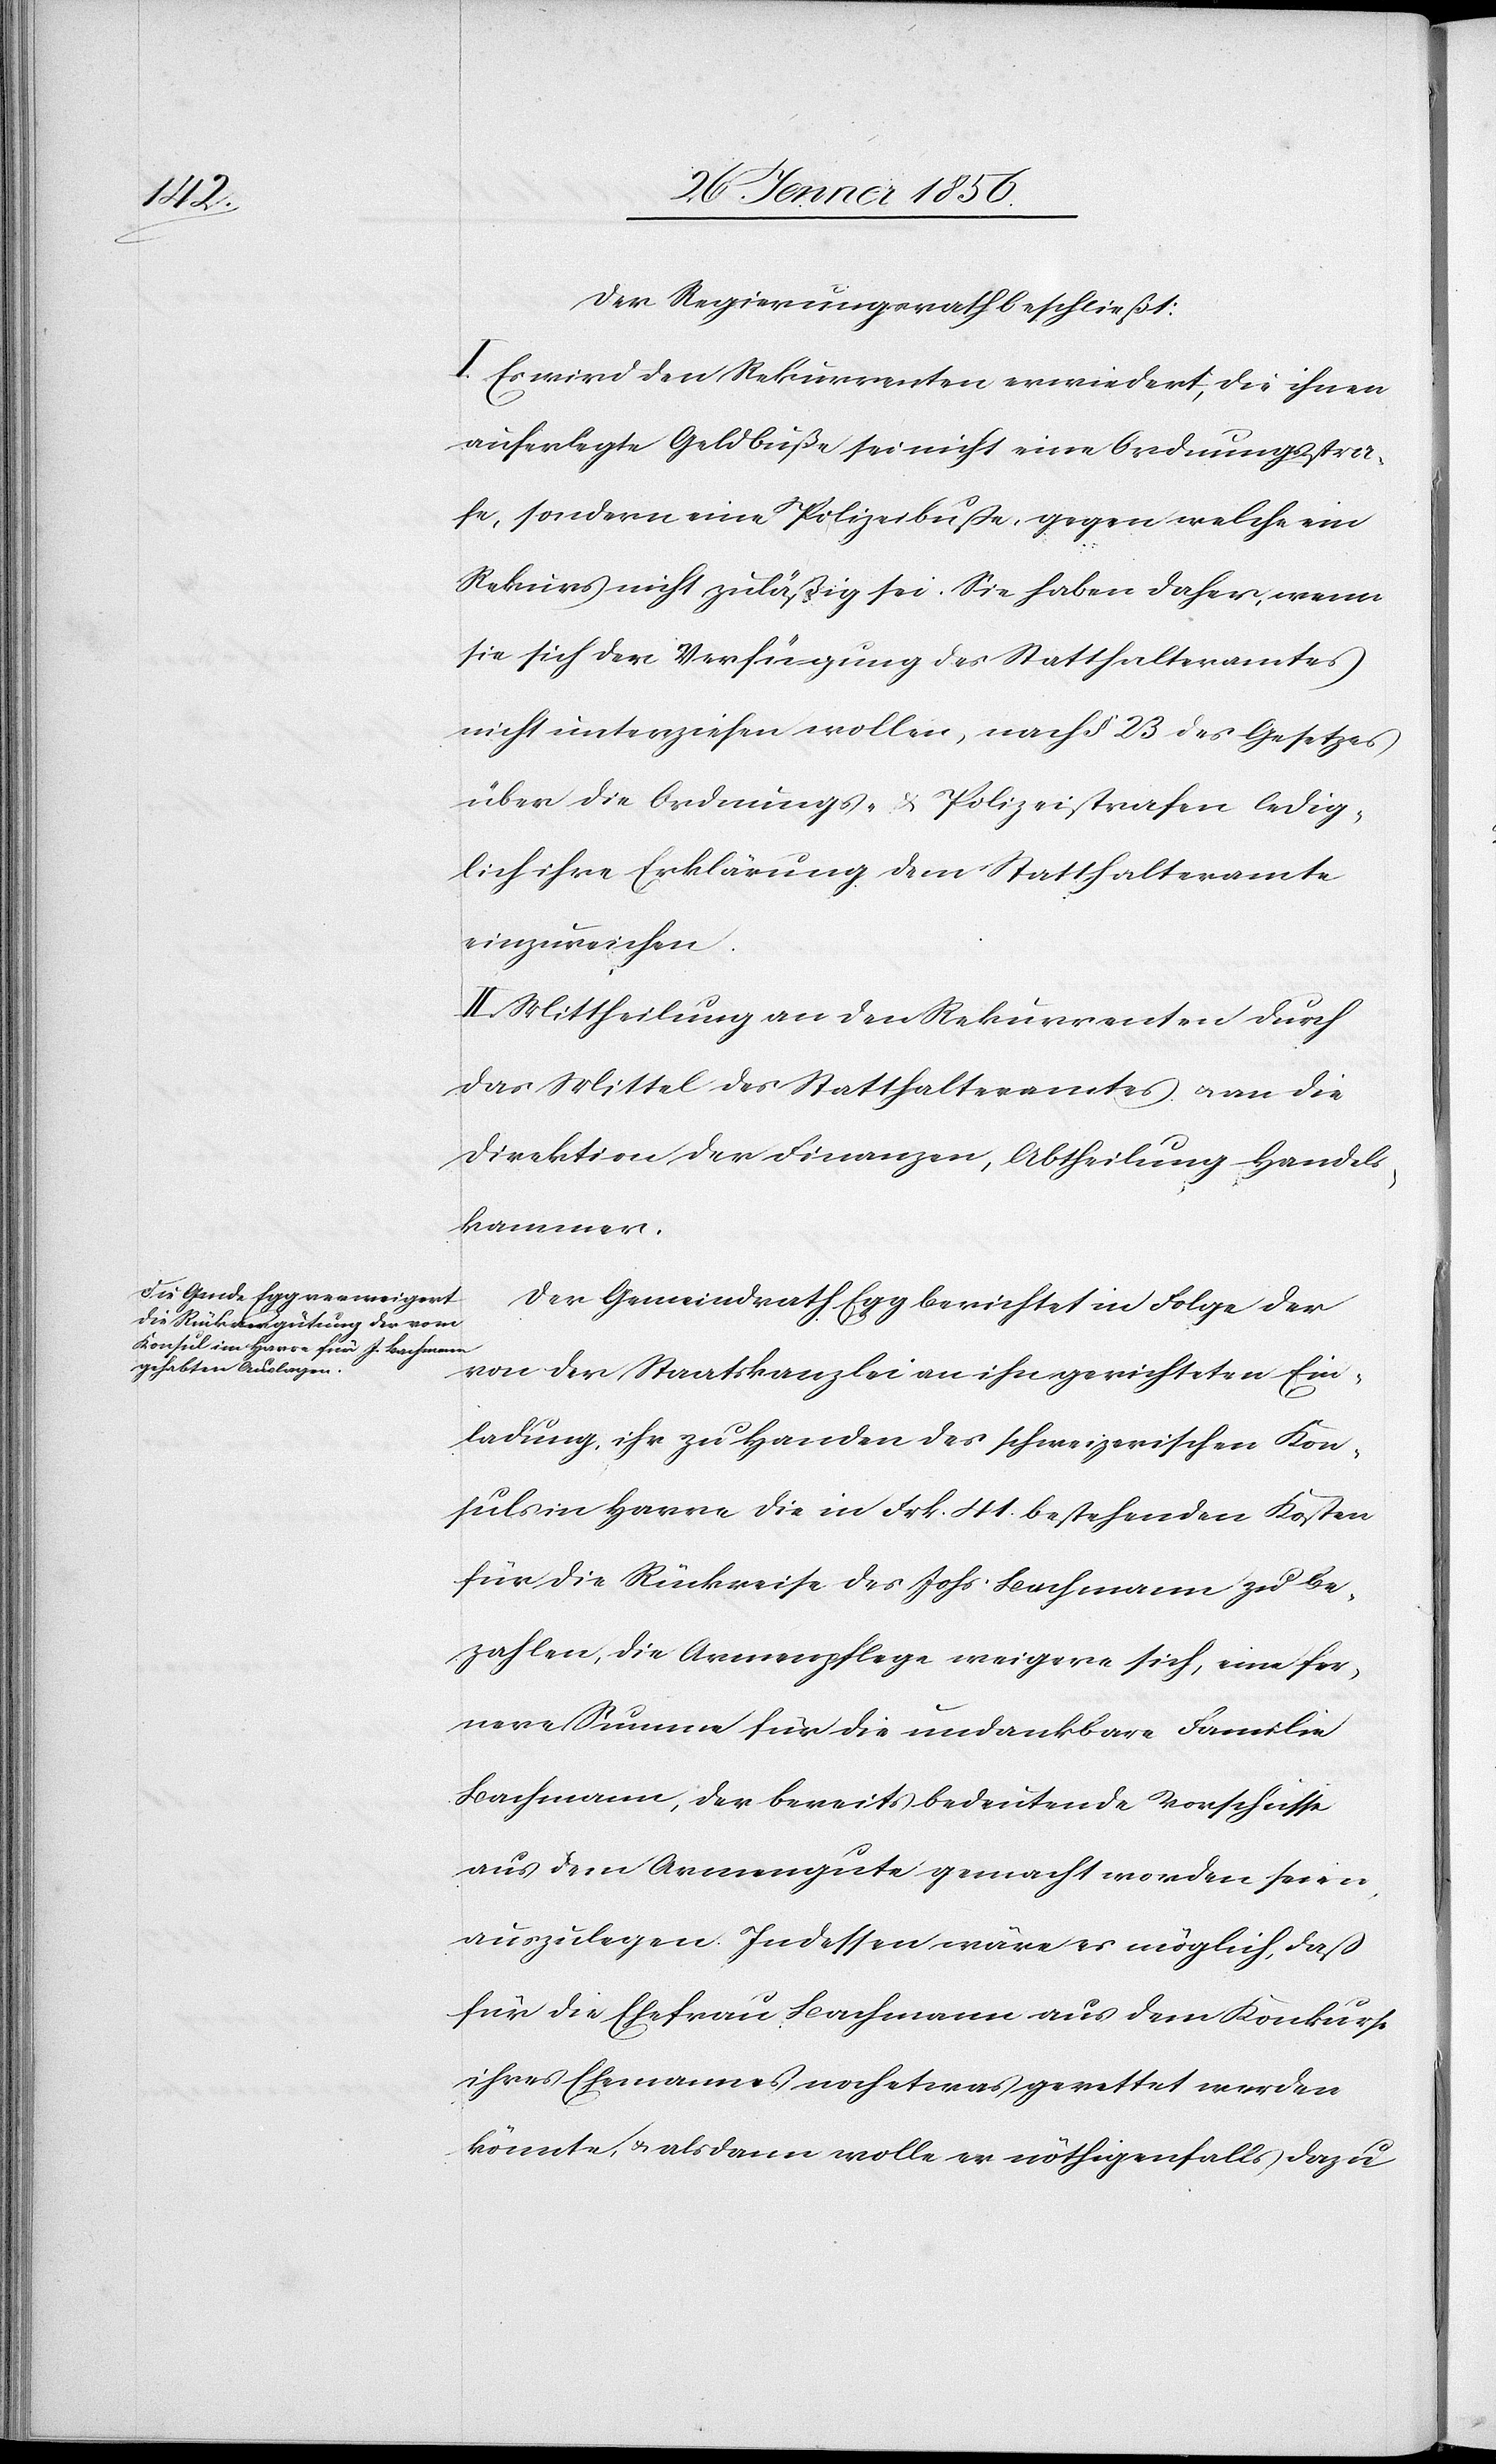
Der Regieurungsrath beschließt:
I. Es wird den Rekurrenten erwiedert, die ihnen
auferlegte Geldbuße sei nicht eine Ordnungsstra¬
fe, sondern eine Polizeibuße, gegen welche ein
Rekurs nicht zuläßig sei. Sie haben daher, wenn
sie sich der Verfügung des Statthalteramtes
nicht unterziehen wollen, nach § 23 des Gesetzes
über die Ordnungs- & Polizeistrafen ledig¬
lich ihre Erklärung dem Statthalteramte
einzureichen.
II. Mittheilung an den Rekurrenten durch
das Mittel das Statthalteramtes u. an die
Direktion der Finanzen, Abtheilung Handels¬
kammer.
Der Gemeindrath Egg berichtet in Folge der
von der Staatskanzlei an ihn gerichteten Ein¬
ladung, ihr zu Handen des schweizerischen Kon¬
sul in Havre die in Frk. 41. bestehenden Kosten
für die Rückreise des Johs. Bachmann zu be¬
zahlen, die Armenpflege weigere sich, eine fer¬
nere Summe für die undankbare Familie
Bachmann, der bereits bedeutende Vorschüsse
aus dem Armengute gemacht worden seien,
auszulegen. Indessen wäre es möglich, daß
für die Ehefrau Bachmann aus dem Konkurse
ihres Ehemannes noch etwas gerettet werden
könnte, u. alsdann wolle er nöthigenfalls dazu